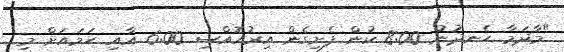
"މާދަމާ ހެނދުނު 8:00 ކުން ފެށިގެން އިރުއޮއްސި 6:00 އާއި ހަމައަށް މި